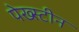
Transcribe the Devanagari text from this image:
पेख्स्टीन